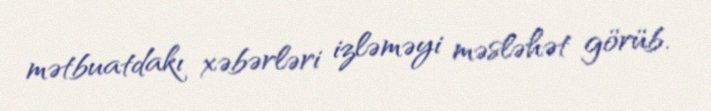
mətbuatdakı xəbərləri izləməyi məsləhət görüb.